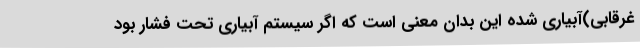
غرقابی)آبیاری شده این بدان معنی است که اگر سیستم آبیاری تحت فشار بود